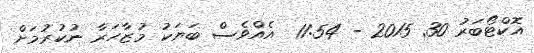
އޮކްޓޯބަރު 30